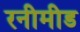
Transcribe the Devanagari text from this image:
रनीमीड